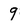
Character: 9